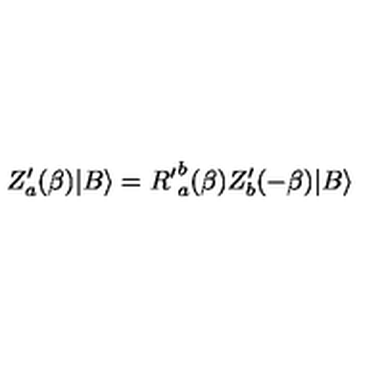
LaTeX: Z _ { a } ^ { \prime } ( \beta ) | B \rangle = { R ^ { \prime } } _ { a } ^ { b } ( \beta ) Z _ { b } ^ { \prime } ( - \beta ) | B \rangle